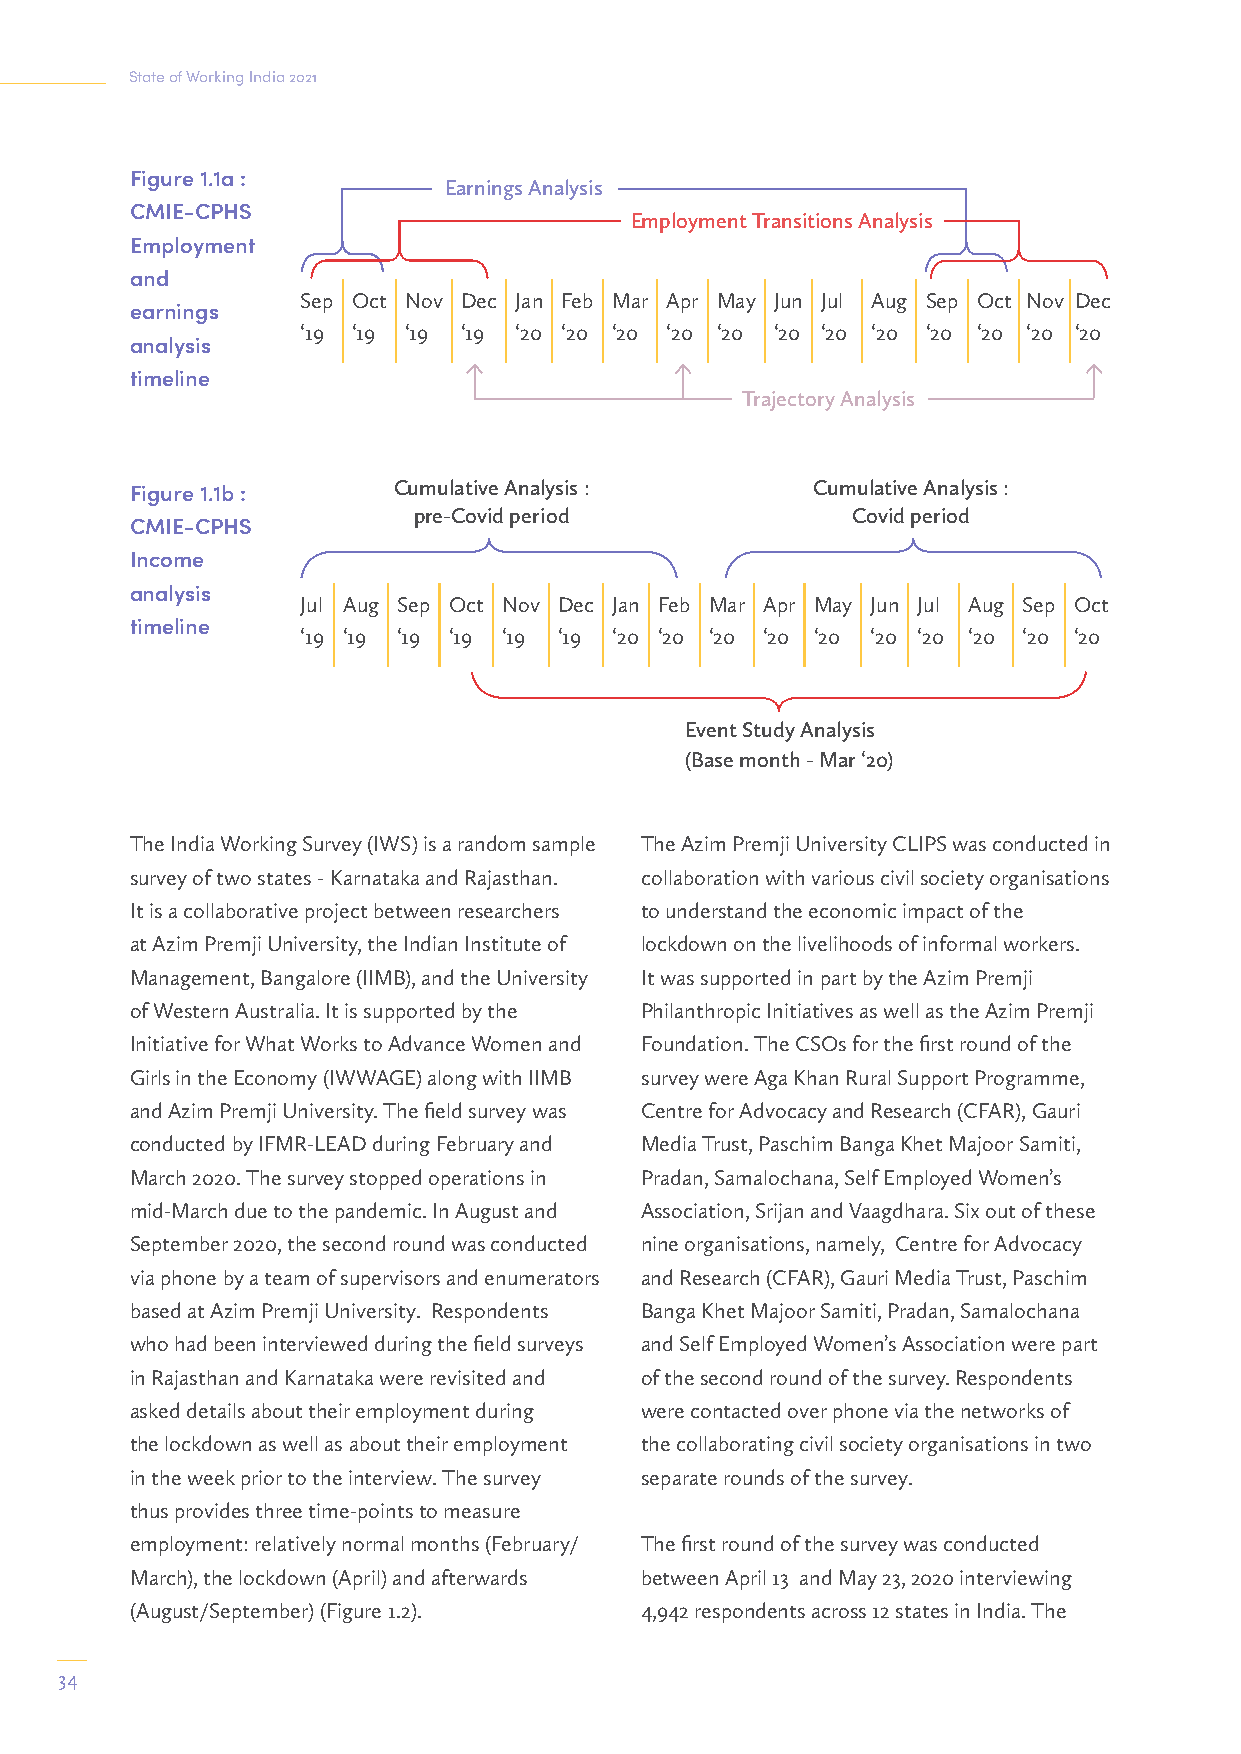
State of Working India 2021
 Figure 1.1a :
 Earnings Analysis
 CMIE-CPHS
 Employment Transitions Analysis
 Employment
 and
 Sep Oct Nov Dec Jan Feb Mar Apr May Jun Jul Aug Sep Oct Nov Dec
 earnings
 ‘19 ‘19 ‘19 ‘19 ‘20 ‘20 ‘20 ‘20 ‘20 ‘20 ‘20 ‘20 ‘20 ‘20 ‘20 ‘20
 analysis
 timeline
 Trajectory Analysis
 Figure 1.1b :    Cumulative Analysis :       Cumulative Analysis :
 pre-Covid period             Covid period
 CMIE-CPHS
 Income
 analysis
 Jul Aug Sep Oct Nov Dec Jan Feb Mar Apr May Jun Jul Aug Sep Oct
 timeline
 ‘19 ‘19 ‘19 ‘19 ‘19 ‘19 ‘20 ‘20 ‘20 ‘20 ‘20 ‘20 ‘20 ‘20 ‘20 ‘20
 Event Study Analysis
 (Base month - Mar ‘20)
 The India Working Survey (IWS) is a random sample The Azim Premji University CLIPS was conducted in
 survey of two states - Karnataka and Rajasthan. collaboration with various civil society organisations
 It is a collaborative project between researchers to understand the economic impact of the
 at Azim Premji University, the Indian Institute of lockdown on the livelihoods of informal workers.
 Management, Bangalore (IIMB), and the University It was supported in part by the Azim Premji
 of Western Australia. It is supported by the Philanthropic Initiatives as well as the Azim Premji
 Initiative for What Works to Advance Women and Foundation. The CSOs for the first round of the
 Girls in the Economy (IWWAGE) along with IIMB survey were Aga Khan Rural Support Programme,
 and Azim Premji University. The field survey was Centre for Advocacy and Research (CFAR), Gauri
 conducted by IFMR-LEAD during February and Media Trust, Paschim Banga Khet Majoor Samiti,
 March 2020. The survey stopped operations in Pradan, Samalochana, Self Employed Women’s
 mid-March due to the pandemic. In August and Association, Srijan and Vaagdhara. Six out of these
 September 2020, the second round was conducted nine organisations, namely, Centre for Advocacy
 via phone by a team of supervisors and enumerators and Research (CFAR), Gauri Media Trust, Paschim
 based at Azim Premji University. Respondents Banga Khet Majoor Samiti, Pradan, Samalochana
 who had been interviewed during the field surveys and Self Employed Women’s Association were part
 in Rajasthan and Karnataka were revisited and of the second round of the survey. Respondents
 asked details about their employment during were contacted over phone via the networks of
 the lockdown as well as about their employment the collaborating civil society organisations in two
 in the week prior to the interview. The survey separate rounds of the survey.
 thus provides three time-points to measure
 employment: relatively normal months (February/ The first round of the survey was conducted
 March), the lockdown (April) and afterwards between April 13 and May 23, 2020 interviewing
 (August/September) (Figure 1.2). 4,942 respondents across 12 states in India. The
 34